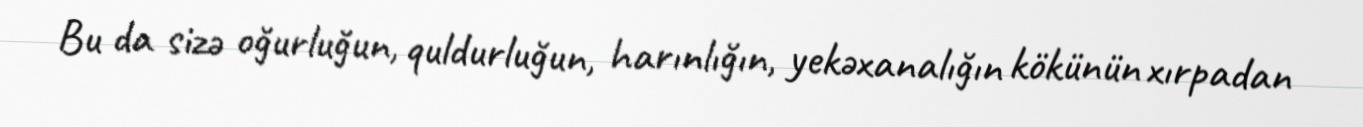
Bu da sizə oğurluğun, quldurluğun, harınlığın, yekəxanalığın kökünün xırpadan